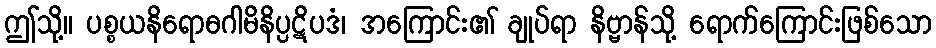
ဤသို့။ ပစ္စယနိရောဓဂါမိနိပ္ပဋိပဒံ၊ အကြောင်း၏ ချုပ်ရာ နိဗ္ဗာန်သို့ ရောက်ကြောင်းဖြစ်သော